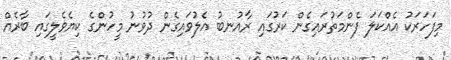
މިފަހަރަކު އެއްކަލަ ފެންމަތުރައިގެން ކަރުގައި ރާއުނބު އެލުވައިގެން ދުވުނު މީހުންގެ ކިޔެވެލީގައި ބާރެއް